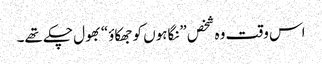
اس وقت وہ شخص ”نگاہوں کو جھکاؤ“ بھول چکے تھے۔